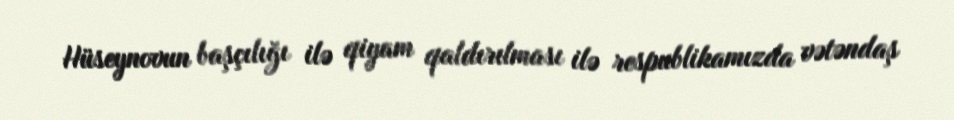
Hüseynovun başçılığı ilə qiyam qaldırılması ilə respublikamızda vətəndaş